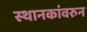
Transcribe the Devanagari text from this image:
स्थानकांवरुन